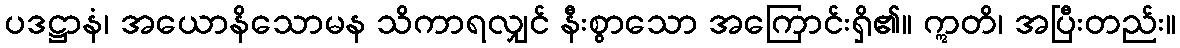
ပဒဋ္ဌာနံ၊ အယောနိသောမန သိကာရလျှင် နီးစွာသော အကြောင်းရှိ၏။ ဣတိ၊ အပြီးတည်း။